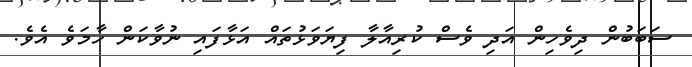
ސަބަބުން ދިވެހިން އަދި ވެސް ކުރިއާލާ ފިޔަވަޅުތައް އަޅާފައި ނުވާކަން ހާމަވެ އެވެ.